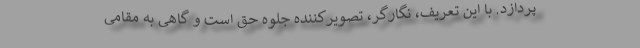
پردازد. با این تعریف، نگارگر، تصویرکننده جلوه حق است و گاهی به مقامی